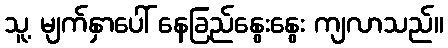
သူ့ မျက်နှာပေါ် နေခြည်နွေးနွေး ကျလာသည်။